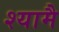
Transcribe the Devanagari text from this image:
श्यामै